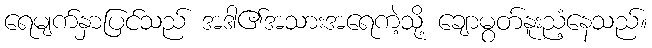
ရေမျက်နှာပြင်သည် အဒါ၏အသားအရေကဲ့သို့ ချောမွတ်နူးညံ့နေသည်။